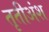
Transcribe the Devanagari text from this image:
तृतीअंश